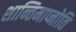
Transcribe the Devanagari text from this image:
शान्तिमाप्नोति